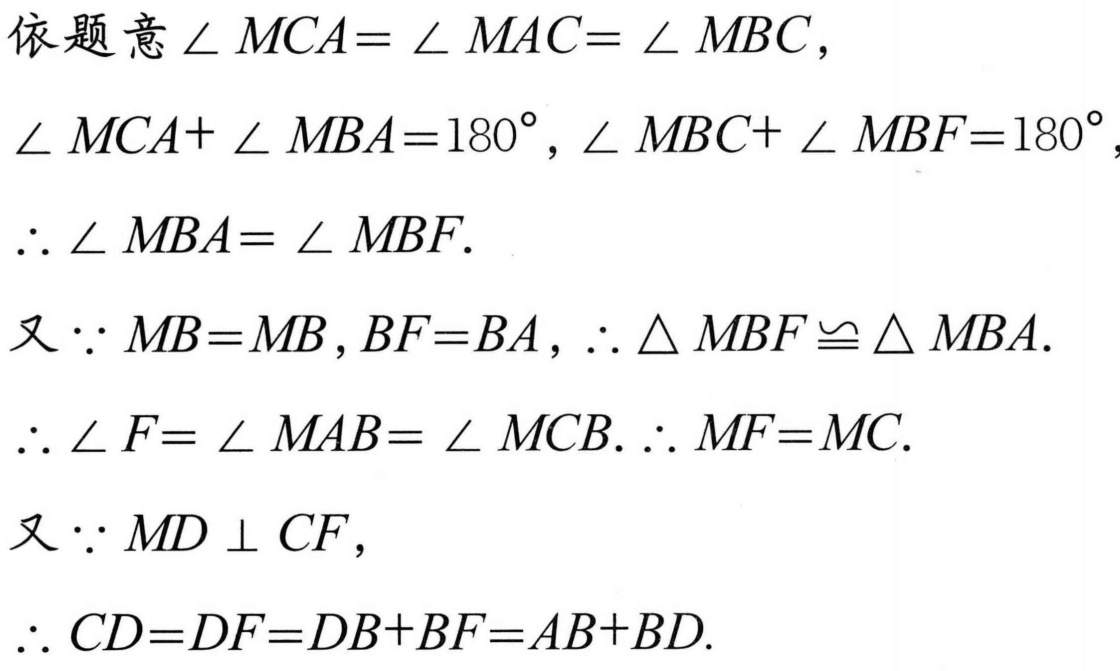
依题意\(\angle MCA = \angle MAC = \angle MBC\)，
\(\angle MCA+\angle MBA = 180^{\circ}\)，\(\angle MBC+\angle MBF = 180^{\circ}\)，
\(\therefore \angle MBA = \angle MBF\).
又\(\because MB = MB\)，\(BF = BA\)，\(\therefore \triangle MBF\cong\triangle MBA\).
\(\therefore \angle F = \angle MAB = \angle MCB\). \(\therefore MF = MC\).
又\(\because MD\perp CF\)，
\(\therefore CD = DF = DB + BF = AB + BD\).